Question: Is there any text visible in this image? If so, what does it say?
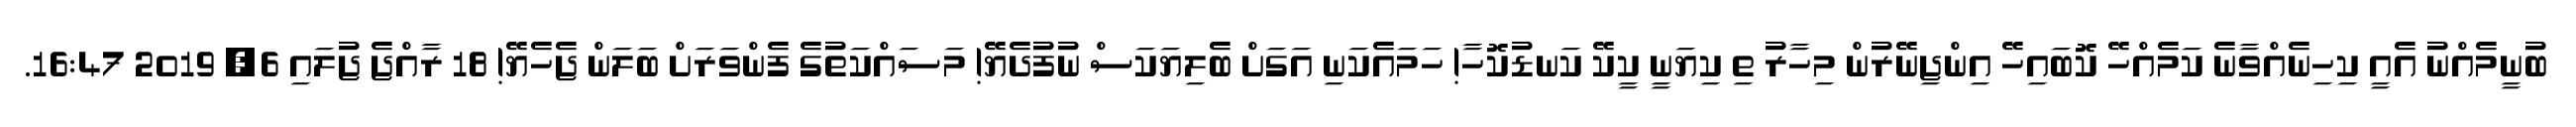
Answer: ބުނީމެއްނު އެއީ ކިހިނެއްވާނެ ކަމެއްހޭ ކޮބައިހޭ އިންޖިނޭރުން މިހާރު ތި ކިޔަނީ ކީކޭ ކަނޑުކޮހާ! ހަމައެކަނި އަގަށް ބެލިޔަކަސް ނުފުދެޔޭ! މަސައްކަތުގެ ފެންވަރަށް ބަލަން ޖެހެޔޭ! 18 ރާއްޖެ ޖުލައި 6, 2019 16:47.